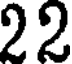
22